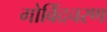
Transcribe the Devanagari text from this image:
गोविंदचरण